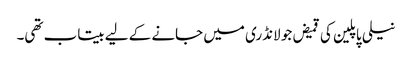
نیلی پاپلین کی قمیض جو لانڈری میں جانے کے لیے بیتاب تھی۔